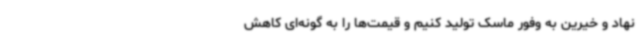
نهاد و خیرین به وفور ماسک تولید کنیم و قیمت‌ها را به گونه‌ای کاهش